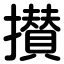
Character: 攅